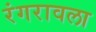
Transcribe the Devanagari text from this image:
रंगरावला